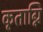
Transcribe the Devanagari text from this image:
कृताग्नि